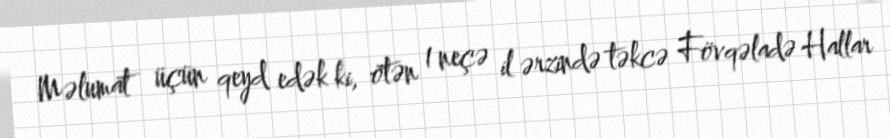
Məlumat üçün qeyd edək ki, ötən 1 neçə il ərzində təkcə Fövqəladə Hallar